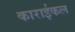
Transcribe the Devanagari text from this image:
काराईकल